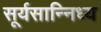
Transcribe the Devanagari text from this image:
सूर्यसान्निध्य